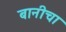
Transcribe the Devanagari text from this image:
बानीचा